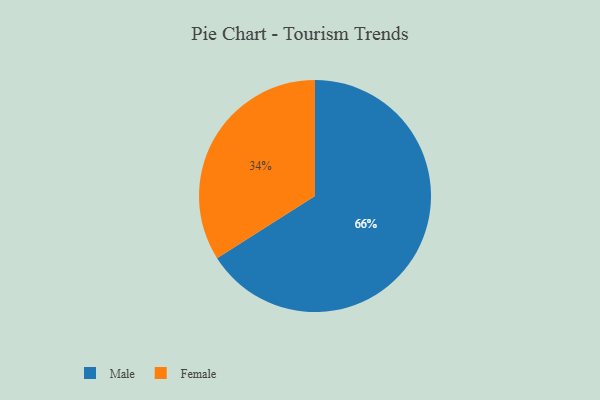
{"axis": {"x": "Category", "y": "Percentage"}, "legend": ["Female", "Male"], "data": [{"x": "Male", "y": 66, "type": "Male"}, {"x": "Female", "y": 34, "type": "Female"}]}